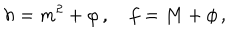
h = m ^ { 2 } + \varphi \, , \quad f = M + \phi \, ,